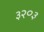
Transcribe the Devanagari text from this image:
३२०३